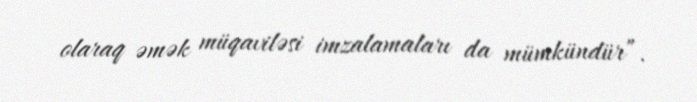
olaraq əmək müqaviləsi imzalamaları da mümkündür”.